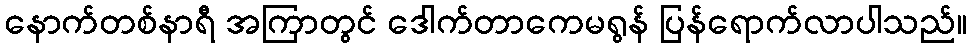
နောက်တစ်နာရီ အကြာတွင် ဒေါက်တာကေမရွန် ပြန်ရောက်လာပါသည်။